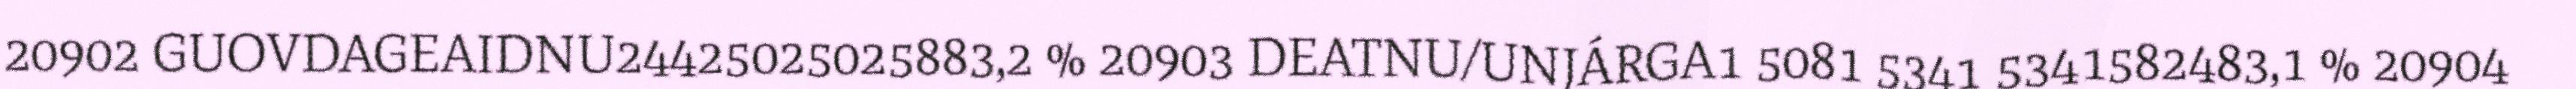
20902 GUOVDAGEAIDNU24425025025883,2 % 20903 DEATNU/UNJÁRGA1 5081 5341 5341582483,1 % 20904